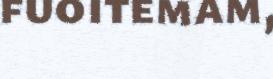
fuoitemam,